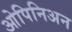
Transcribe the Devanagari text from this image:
ओपिनिअन